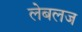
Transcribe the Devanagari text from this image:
लेबलज